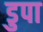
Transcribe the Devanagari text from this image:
डुपा